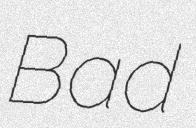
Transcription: Bad